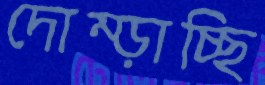
দোম্‌ড়াচ্ছি